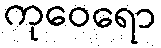
ကုဝေရော